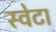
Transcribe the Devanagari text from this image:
स्वेटा